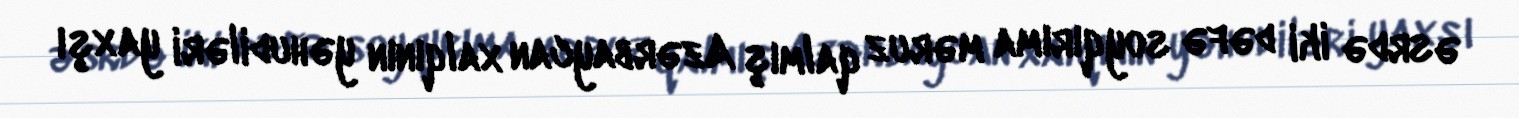
əsrdə iki dəfə soyqırıma məruz qalmış Azərbaycan xalqının yəhudiləri yaxşı